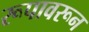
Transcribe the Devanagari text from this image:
रूपावरून